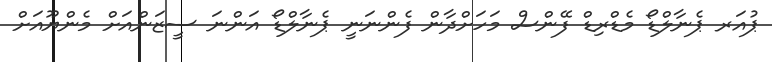
ޕުއަރ ޕެނާލްޑޯ މެޑްރިޑް ފޭންސް މަހަށްދާން ފެންނަނީ ޕެނާލްޑޯ އަންނަ ސީޒަންއަށް މެންޔޫއަށް